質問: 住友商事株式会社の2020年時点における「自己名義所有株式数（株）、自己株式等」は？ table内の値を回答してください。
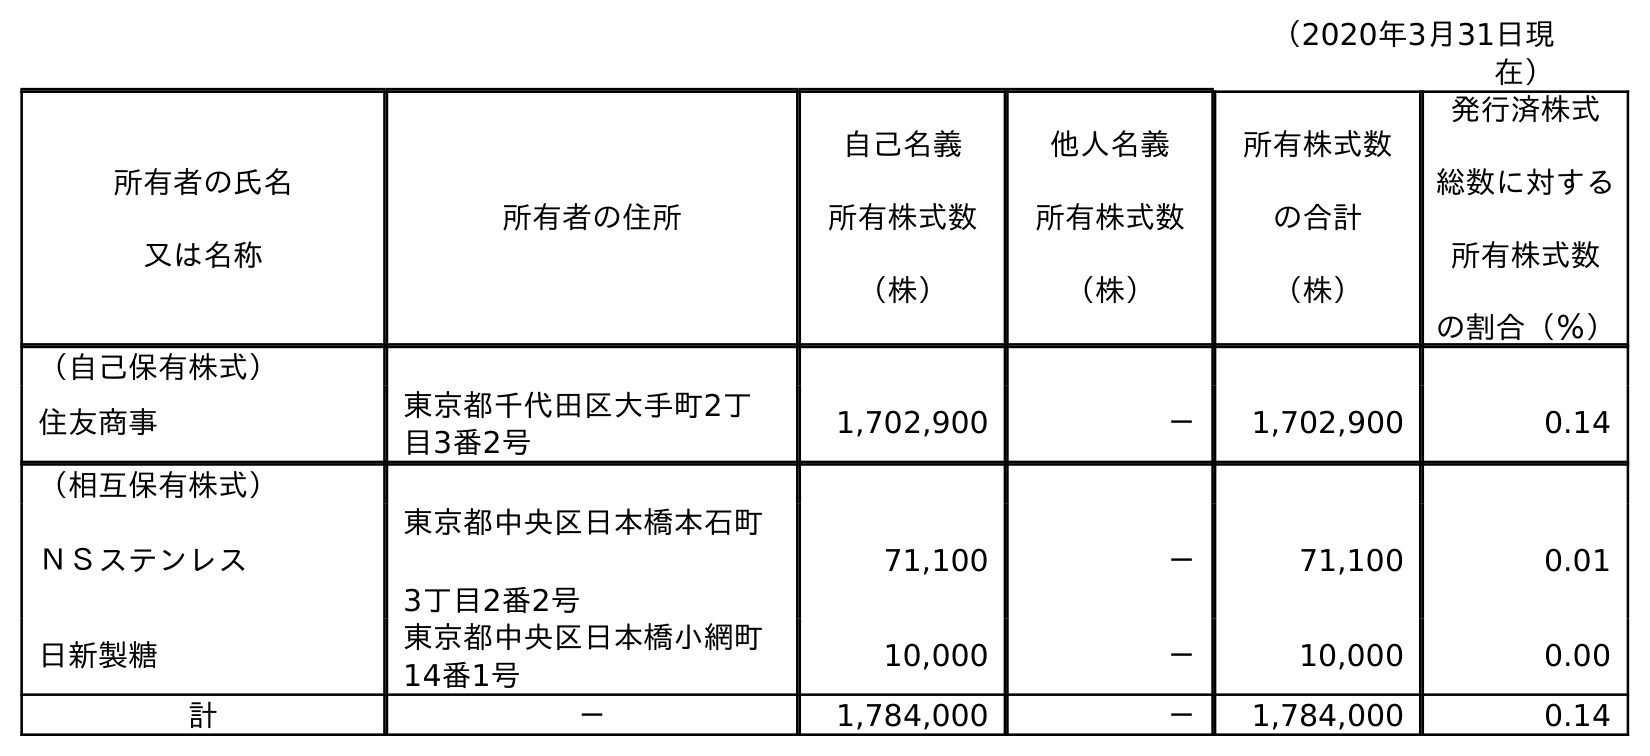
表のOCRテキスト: （2020年3月31日現 在） 所有者の氏名 又は名称 所有者の住所 自己名義 所有株式数 （株） 他人名義 所有株式数 （株） 所有株式数 の合計 （株） 発行済株式 総数に対する 所有株式数 の割合（％） （自己保有株式） 住友商事 東京都千代田区大手町2丁 目3番2号 1,702,900 － 1,702,900 0.14 （相互保有株式） ＮＳステンレス 東京都中央区日本橋本石町 3丁目2番2号 71,100 － 71,100 0.01 日新製糖 東京都中央区日本橋小網町 14番1号 10,000 － 10,000 0.00 計 － 1,784,000 － 1,784,000 0.14
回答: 1,784,000